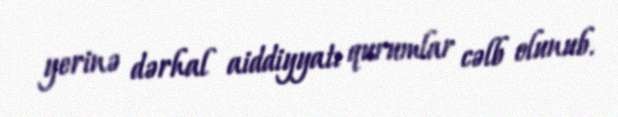
yerinə dərhal aiddiyyatı qurumlar cəlb olunub.